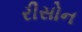
રીસોન